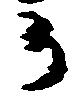
か